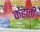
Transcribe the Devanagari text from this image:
कहाती